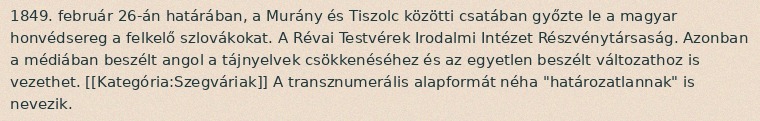
1849. február 26-án határában, a Murány és Tiszolc közötti csatában győzte le a magyar honvédsereg a felkelő szlovákokat. A Révai Testvérek Irodalmi Intézet Részvénytársaság. Azonban a médiában beszélt angol a tájnyelvek csökkenéséhez és az egyetlen beszélt változathoz is vezethet. [[Kategória:Szegváriak]] A transznumerális alapformát néha "határozatlannak" is nevezik.